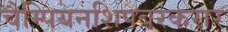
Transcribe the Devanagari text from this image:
चैम्पियनशिपबरकरार